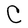
Character: C